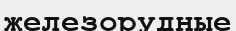
железорудные